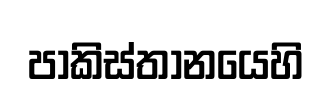
පාකිස්තානයෙහි